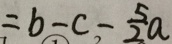
= b - c - \frac { 5 } { 2 } a